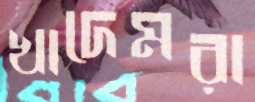
খাদেমরা